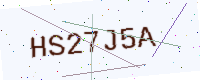
Text: HS27J5A